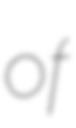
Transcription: of